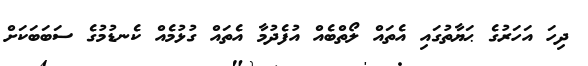
ދިހަ އަހަރުގެ ޙަޔާތުގައި އެތައް ލޯތްބެއް އުފެދުމާ އެތައް ގުޅުމެއް ކެނޑުމުގެ ސަބަބަކަށް